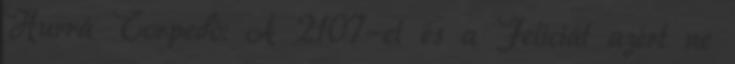
Hurrá Torpedó: A 2107-et és a Feliciát azért ne